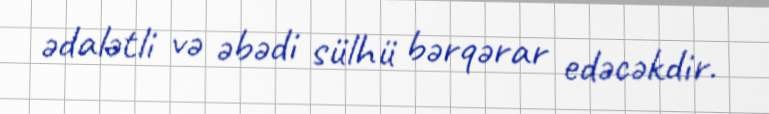
ədalətli və əbədi sülhü bərqərar edəcəkdir.